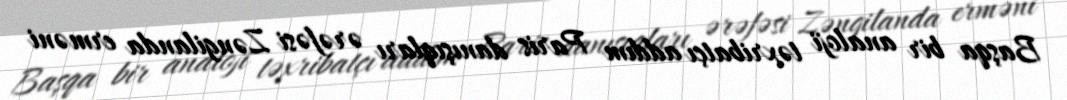
Başqa bir analoji təxribatçı addım Paris danışıqları ərəfəsi Zəngilanda erməni